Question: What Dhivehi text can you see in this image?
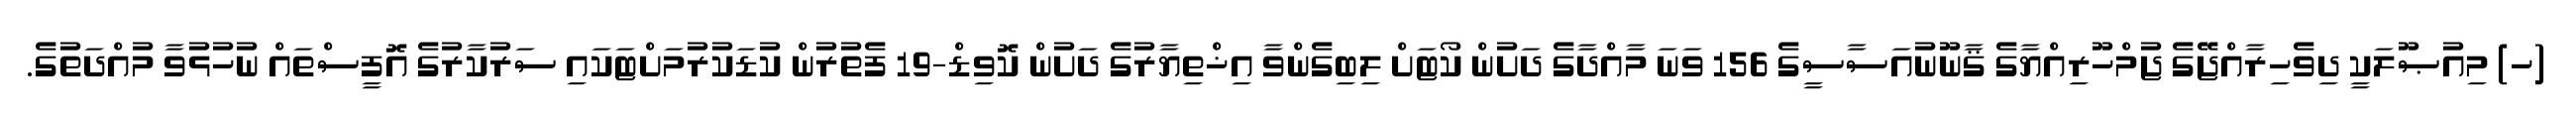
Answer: (ހ) މިއުޞޫލަކީ ދިވެހިރާއްޖޭގެ ޖުމްހޫރިއްޔާގެ ޤާނޫނުއަސާސީގެ 156 ވަނަ މާއްދާގެ ދަށުން ކޯޓަށް ލިބިގެންވާ އިޚްތިޔާރުގެ ދަށުން ކޮވިޑް-19 ފެތުރުން ކުޑަކުރުމަށްޓަކައި ސަރުކާރުގެ އޮފީސްތައް ނުހުޅުވާ މުއްދަތުގެ.